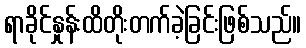
ရာခိုင်နှုန်းထိတိုးတက်ခဲ့ခြင်းဖြစ်သည်။